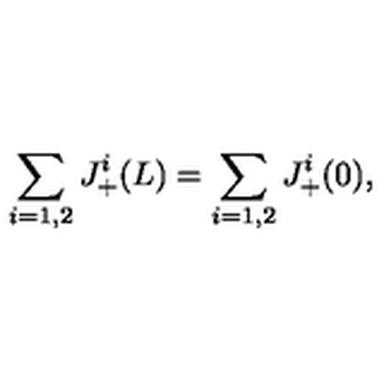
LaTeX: \sum _ { i = 1 , 2 } J _ { + } ^ { i } ( L ) = \sum _ { i = 1 , 2 } J _ { + } ^ { i } ( 0 ) ,